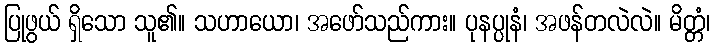
ပြုဖွယ် ရှိသော သူ၏။ သဟာယော၊ အဖော်သည်ကား။ ပုနပ္ပုနံ၊ အဖန်တလဲလဲ။ မိတ္တံ၊